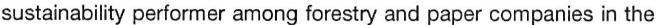
sustainability performer among forestry and paper companies in the